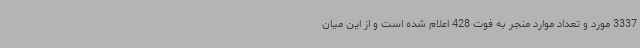
3337 مورد و تعداد موارد منجر به فوت 428 اعلام شده است و از این میان